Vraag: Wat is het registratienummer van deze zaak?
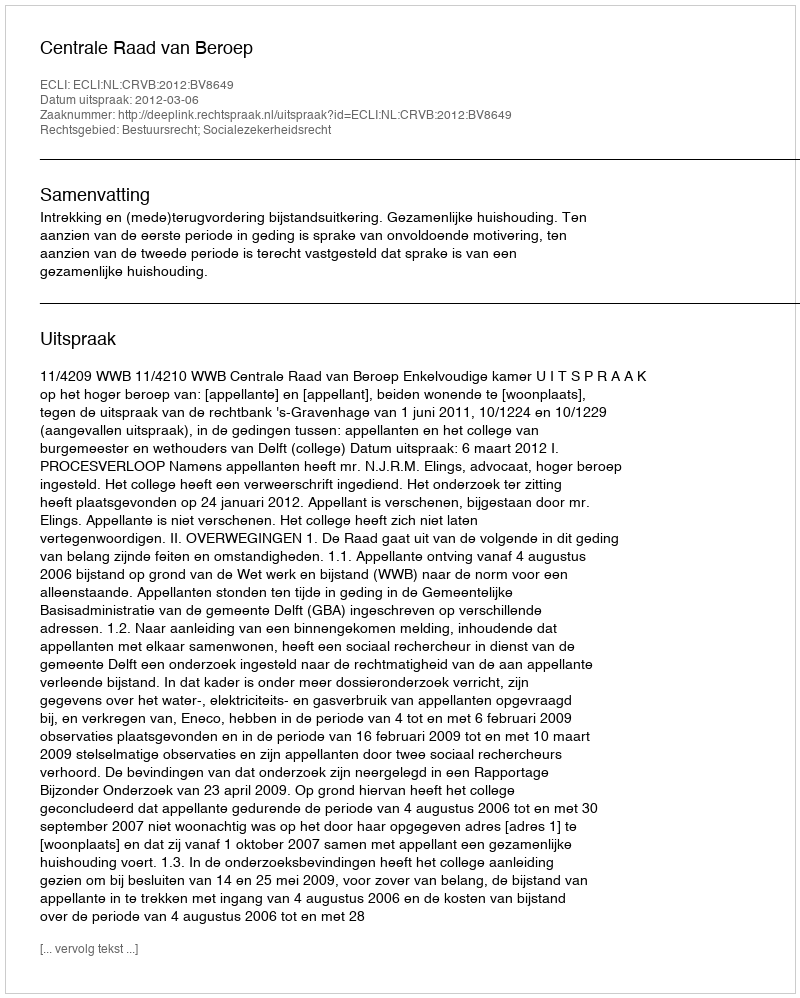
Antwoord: http://deeplink.rechtspraak.nl/uitspraak?id=ECLI:NL:CRVB:2012:BV8649